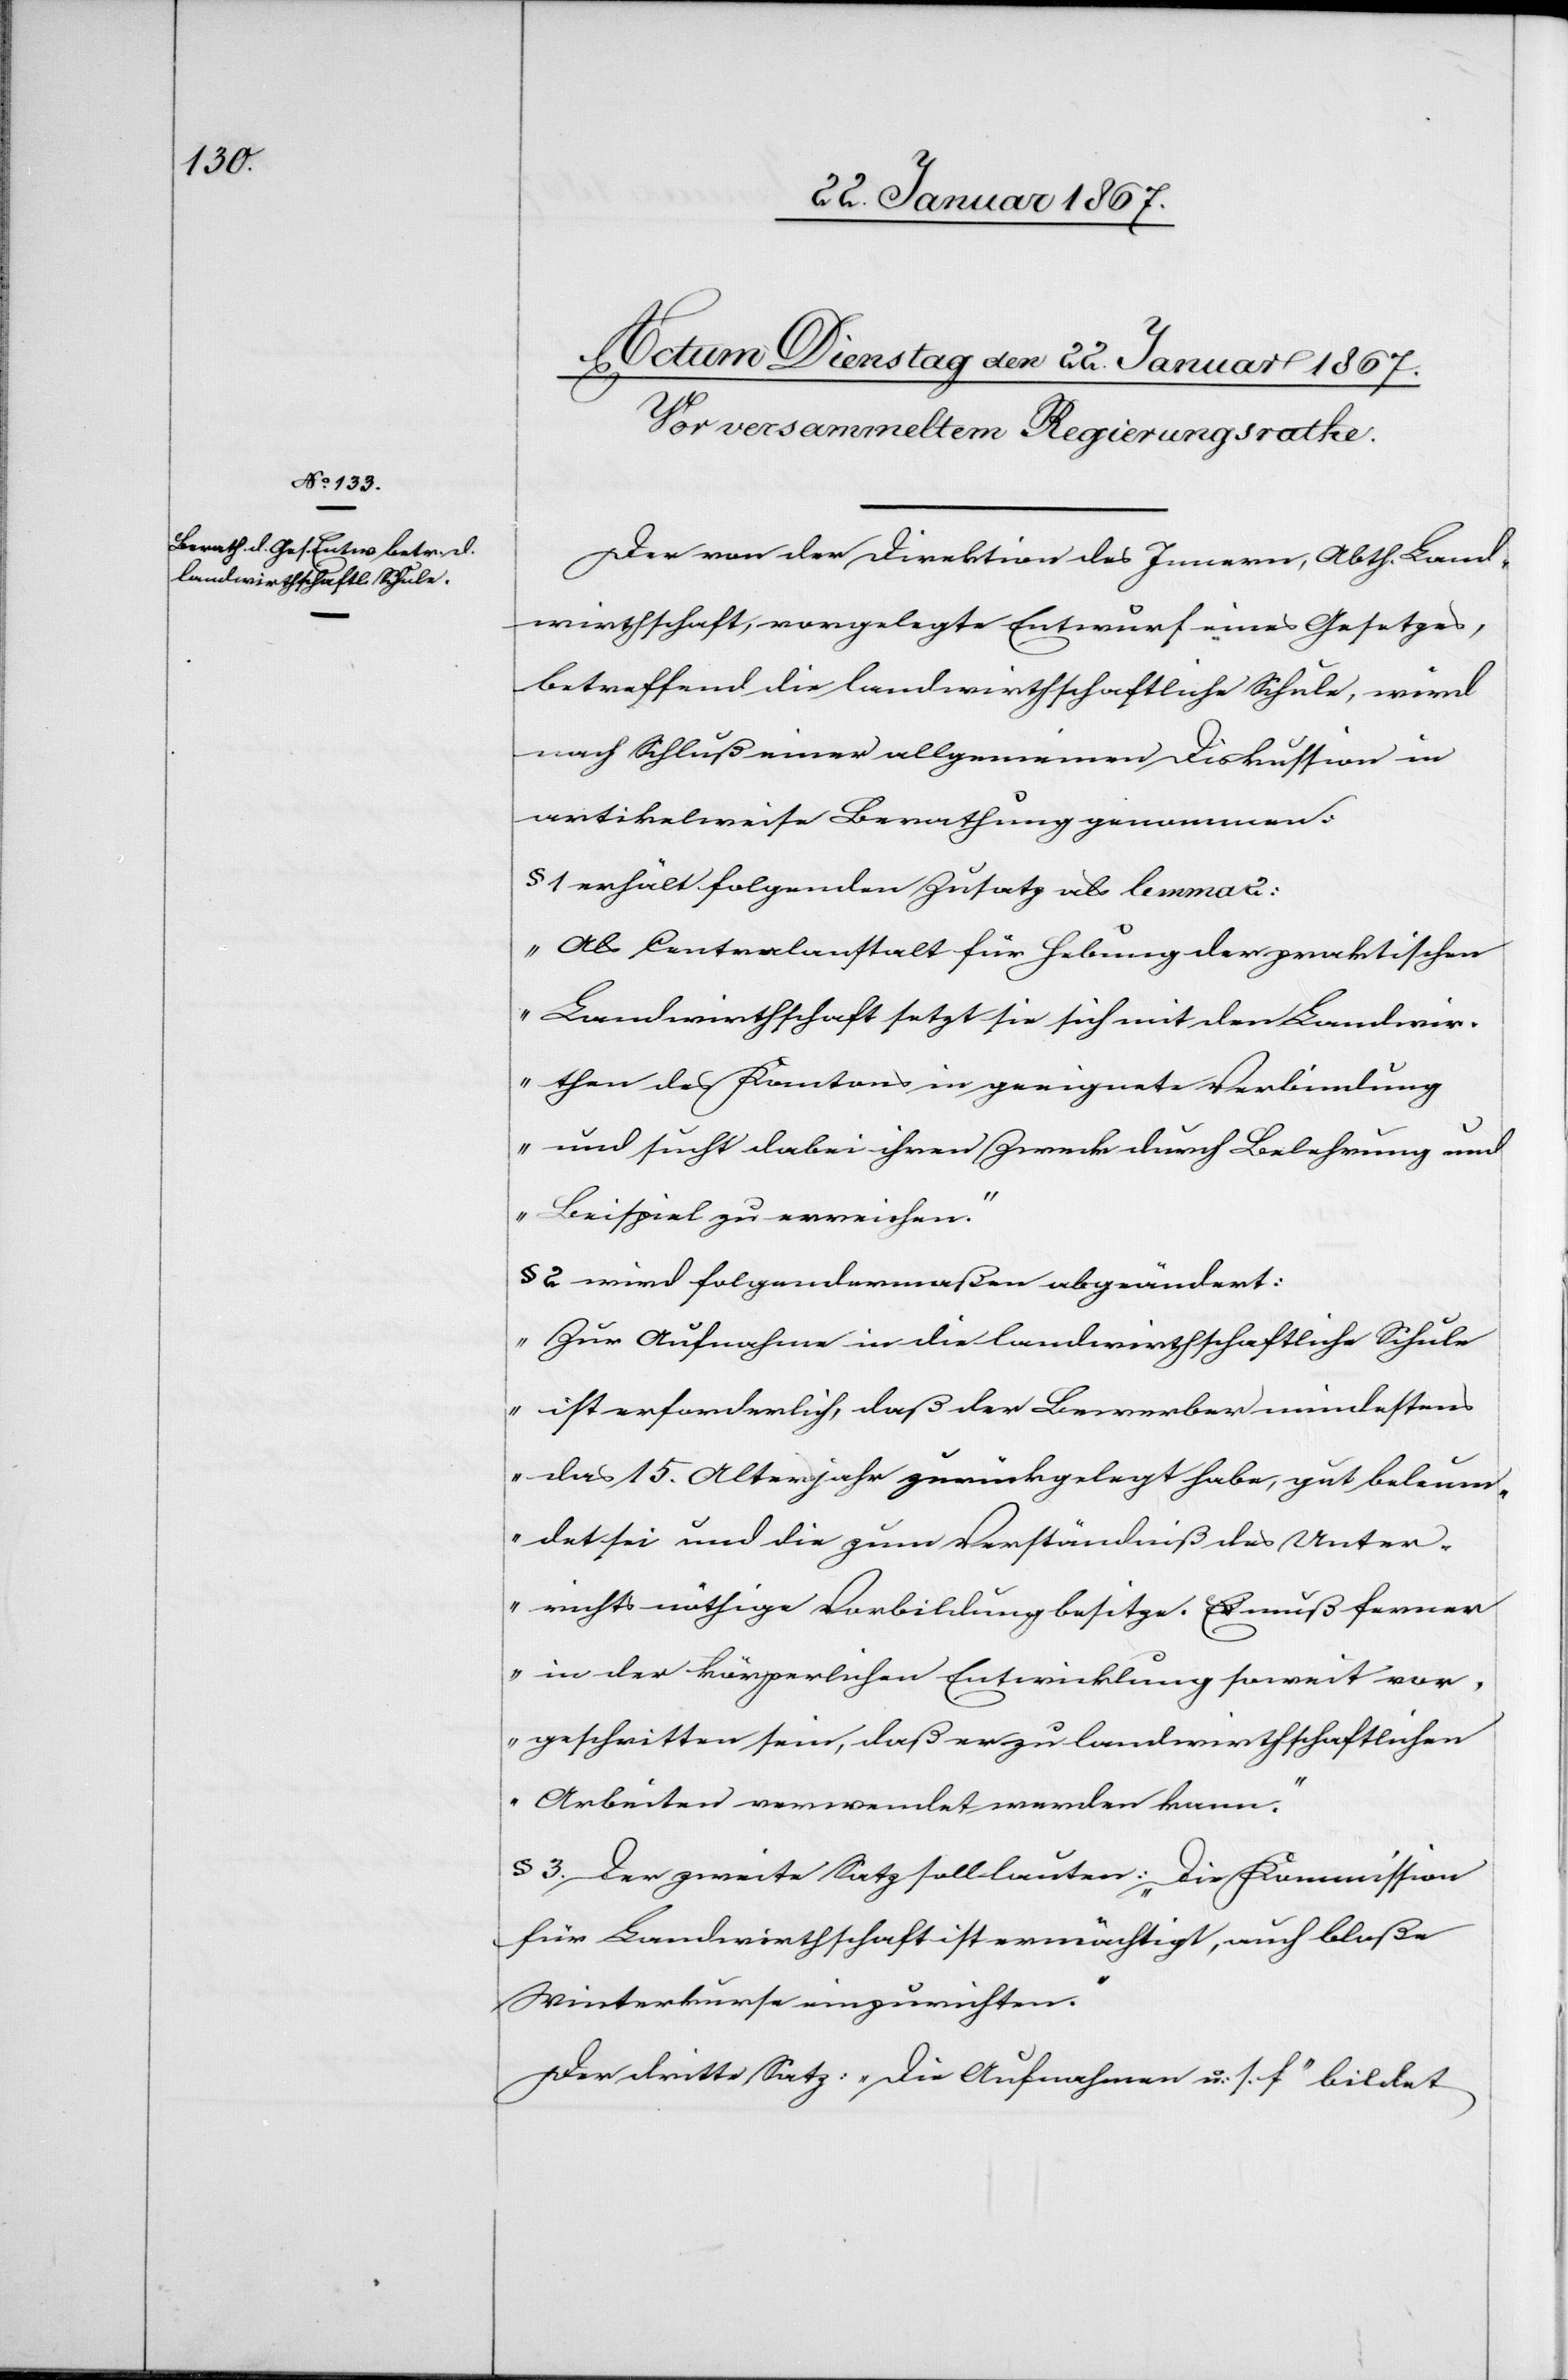
Der von der Direktion des Innern, Abth. Land¬
wirthschaft, vorgelegte Entwurf eines Gesetzes,
betreffend die landwirthschaftliche Schule, wird
nach Schluß einer allgemeinen Diskussion in
artikelweise Berathung genommen:
§ 1 erhält folgenden Zusatz als lemma 2:
„Als Centralanstalt für Hebung der praktischen
Landwirthschaft setzt sie sich mit den Landwir¬
then des Kantons in geeignete Verbindung
und sucht dabei ihren Zweck durch Belehrung und
Beispiel zu erreichen.“
§ 2 wird folgendermaßen abgeändert:
„Zur Aufnahme in die landwirthschaftliche Schule
ist erforderlich, daß der Bewerber mindestens
das 15. Altersjahr zurückgelegt habe, gut beleum¬
det sei und die zum Verständniß des Unter¬
richts nöthige Vorbildung besitze. Er muß ferner
in der körperlichen Entwicklung soweit vor¬
geschritten sein, daß er zu landwirthschaftlichen
Arbeiten verwendet werden kann.“
§ 3. Der zweite Satz soll lauten: „Die Kommission
für Landwirthschaft ist ermächtigt, auch bloße
Winterkurse einzurichten.“
Der dritte Satz: „Die Aufnahme u. s. f.“ bildet